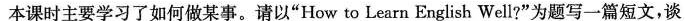
本课时主要学习了如何做某事。请以“HowtoLearn English Well?”为题写二篇短文，谈